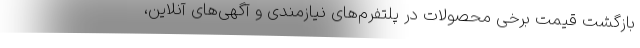
بازگشت قیمت برخی محصولات در پلتفرم‌های نیازمندی و آگهی‌های آنلاین،